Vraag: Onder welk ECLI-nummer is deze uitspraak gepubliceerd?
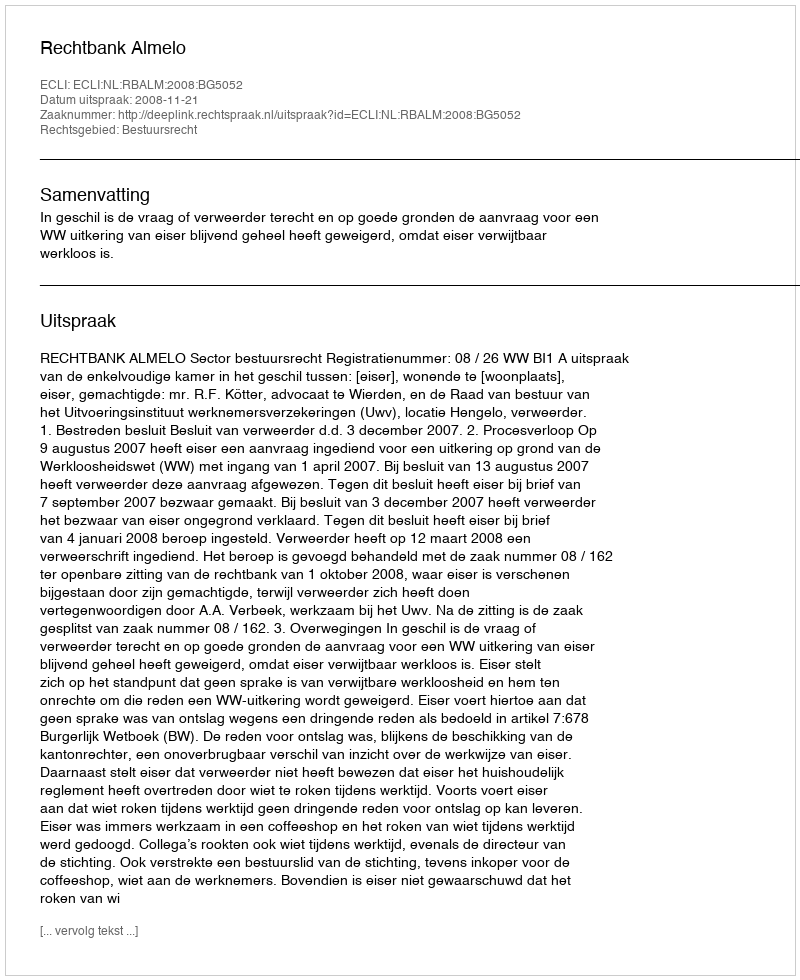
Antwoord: ECLI:NL:RBALM:2008:BG5052